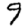
Digit: 9